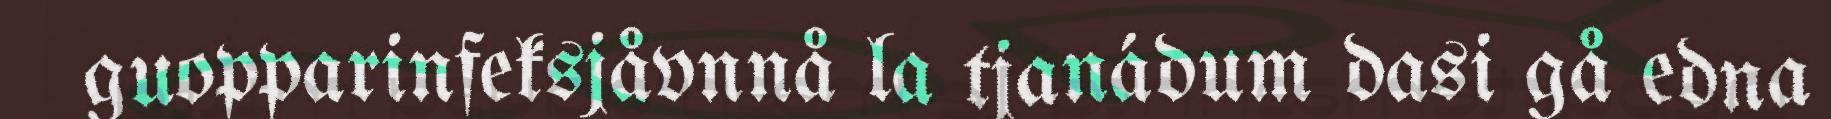
guopparinfeksjåvnnå la tjanádum dasi gå edna